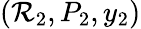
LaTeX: (\mathcal{R}_{2},P_{2},y_{2})